Quinine and its salts - Number 41
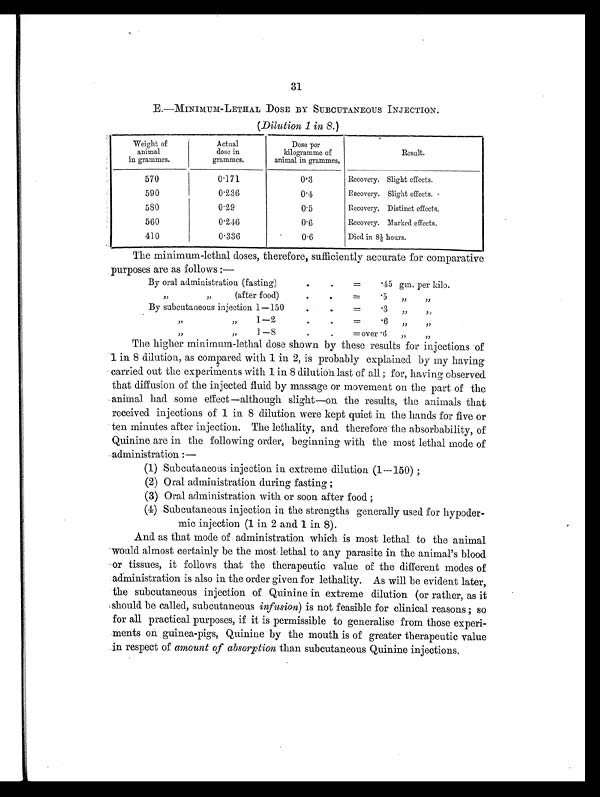
31
E.—MINIMUM-LETHAL DOSE BY SUBCUTANEOUS INJECTION.
(Dilution 1 in 8. )
Weight of
animal
in grammes.
Actual
dose in
grammes.
Dose per
kilogramme of
animal in grammes.
Result.
570
0.171
0.3
Recovery. Slight effects.
590
0.236
0.4
Recovery. Slight effects.
580
0.29
0.5
Recovery. Distinct effects.
560
0.246
0.6
Recovery. Marked effects.
410
0.336
0.6
Died in 8½ hours.
The minimum-lethal doses, therefore, sufficiently accurate for comparative
purposes are as follows:—
By oral administration (fasting)
.
. =.45 gm. per kilo.
„ „(after food)
.
.
= . 5 „ „
By subcutaneous injection 1—150
.
.
=.3 „ „
„ „ 1—2
.
.
=.6 „ „
„ „ 1— 8
.
.
=over .6 „ „
The higher minimum-lethal dose shown by these results for injections of
1 in 8 dilution, as compared with 1 in 2, is probably explained by my having
carried out the experiments with 1 in 8 dilution last of all; for, having observed
that diffusion of the injected fluid by massage or movement on the part of the
animal had some effect —although slight—on the results, the animals that
received injections of 1 in 8 dilution were kept quiet in the hands for five or
ten minutes after injection. The lethality, and therefore the absorbability, of
Quinine are in the following order, beginning with the most lethal mode of
administration:—
(1) Subcutaneous injection in extreme dilution (1—150);
(2) Oral administration during fasting;
(3) Oral administration with or soon after food;
(4) Subcutaneous injection in the strengths generally used for hypoder
-mic injection (1 in 2 and 1 in 8).
And as that mode of administration which is most lethal to the animal
would almost certainly be the most lethal to any parasite in the animal's blood
or tissues, it follows that the therapeutic value of the different modes of
administration is also in the order given for lethality. As will be evident later,
the subcutaneous injection of Quinine in extreme dilution (or rather, as it
should be called, subcutaneous infusion) is not feasible for clinical reasons; so
for all practical purposes, if it is permissible to generalise from those experi-
ments on guinea-pigs, Quinine by the mouth is of greater therapeutic value
in respect of amount of absorption than subcutaneous Quinine injections.